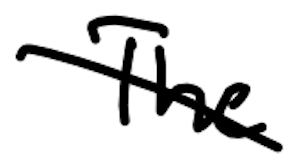
Text: The
Cross-out: diagonal
Writing tool: digital_black